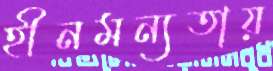
হীনমন্যতায়